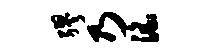
缪乃淫